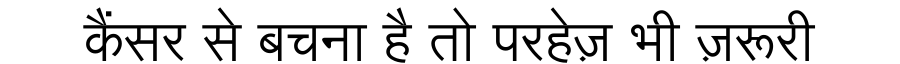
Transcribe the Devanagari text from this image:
कैंसर से बचना है तो परहेज़ भी ज़रूरी